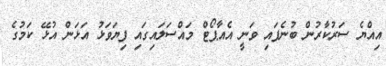
އިއްޔެ ސަރުކާރުން ބުނެފައި ވަނީ އެއާޕޯޓް މައްސަލައިގައި ފިޔަވަޅު އަޅަން އުޅޭ ކަމުގެ